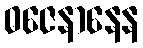
ဓဇေနာနေန